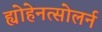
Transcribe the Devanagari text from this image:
ह्योहेनत्सोलर्न